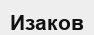
Изаков